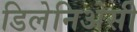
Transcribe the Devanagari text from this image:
डिलेनिअेसी